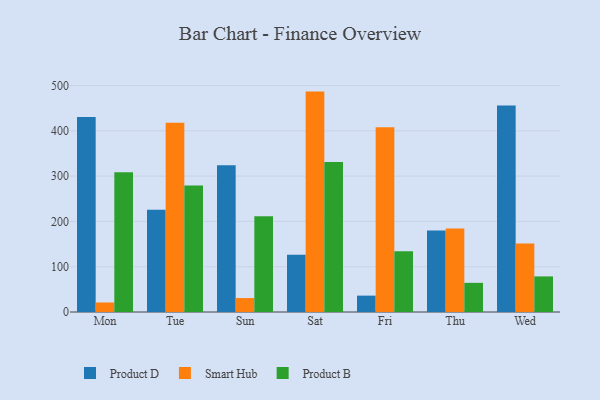
{"axis": {"x": "Day", "y": "Latency (ms)"}, "legend": ["Product B", "Product D", "Smart Hub"], "data": [{"x": "Mon", "y": 430.3, "type": "Product D"}, {"x": "Mon", "y": 21.0, "type": "Smart Hub"}, {"x": "Mon", "y": 308.3, "type": "Product B"}, {"x": "Tue", "y": 225.7, "type": "Product D"}, {"x": "Tue", "y": 418.1, "type": "Smart Hub"}, {"x": "Tue", "y": 279.3, "type": "Product B"}, {"x": "Sun", "y": 323.9, "type": "Product D"}, {"x": "Sun", "y": 30.8, "type": "Smart Hub"}, {"x": "Sun", "y": 211.4, "type": "Product B"}, {"x": "Sat", "y": 126.4, "type": "Product D"}, {"x": "Sat", "y": 486.6, "type": "Smart Hub"}, {"x": "Sat", "y": 331.1, "type": "Product B"}, {"x": "Fri", "y": 36.1, "type": "Product D"}, {"x": "Fri", "y": 407.9, "type": "Smart Hub"}, {"x": "Fri", "y": 134.0, "type": "Product B"}, {"x": "Thu", "y": 180.1, "type": "Product D"}, {"x": "Thu", "y": 184.3, "type": "Smart Hub"}, {"x": "Thu", "y": 64.4, "type": "Product B"}, {"x": "Wed", "y": 456.1, "type": "Product D"}, {"x": "Wed", "y": 151.1, "type": "Smart Hub"}, {"x": "Wed", "y": 78.6, "type": "Product B"}]}